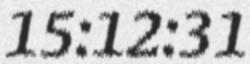
15:12:31